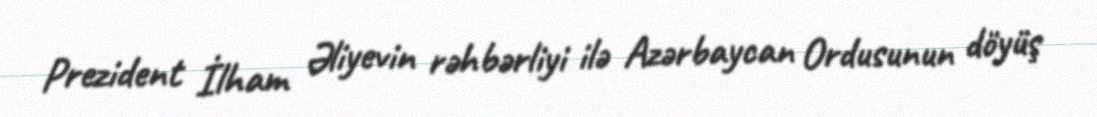
Prezident İlham Əliyevin rəhbərliyi ilə Azərbaycan Ordusunun döyüş